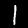
Label: 1